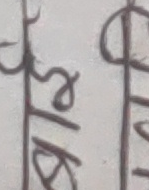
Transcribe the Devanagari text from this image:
पर्टिसि